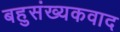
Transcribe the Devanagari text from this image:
बहुसंख्यकवाद